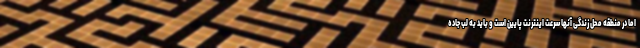
اما در منطقه محل زندگی آنها سرعت اینترنت پایین است و باید به لب جاده